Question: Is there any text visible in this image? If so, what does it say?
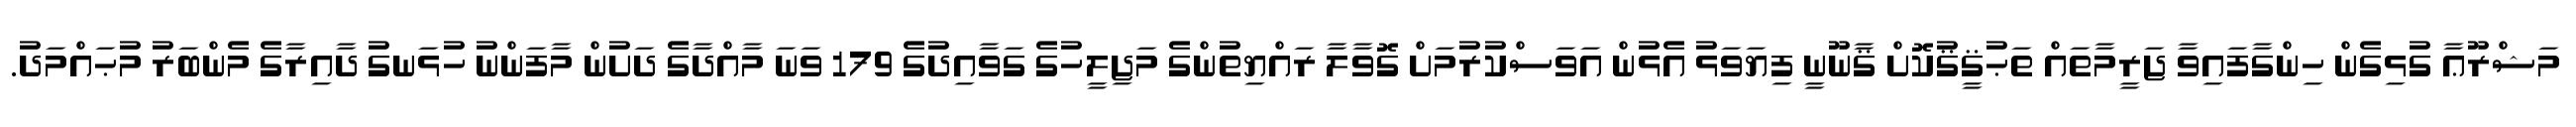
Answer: މަޝްރޫޢާ ގުޅިގެން ހިންގާފައިވާ ޖަރީމާތައް ތަޙުޤީޤުކޮށް ޤާނޫނީ ފިޔަވަޅު އެޅުން އަވަސްކުރުމަށް ގޮވާލާ ރައްޔިތުންގެ މަޖިލީހުގެ ގަވާއިދުގެ 179 ވަނަ މާއްދާގެ ދަށުން މާފަންނު ހުޅަނގު ދާއިރާގެ މެންބަރު މުޙައްމަދު.